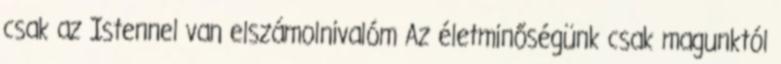
csak az Istennel van elszámolnivalóm Az életminőségünk csak magunktól